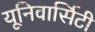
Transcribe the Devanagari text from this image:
यूनिवार्सिटी